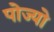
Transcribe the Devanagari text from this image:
पोज्यो